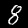
Digit: 8